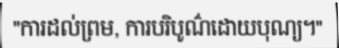
"ការដល់ព្រម, ការបរិបូណ៌ដោយបុណ្យ។"